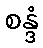
စန္ဒံ